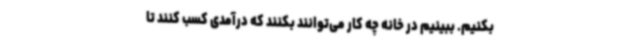
بکنیم. ببینیم در خانه چه کار می‌توانند بکنند که درآمدی کسب کنند تا